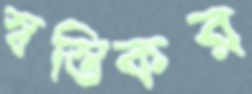
স্বস্তিকর